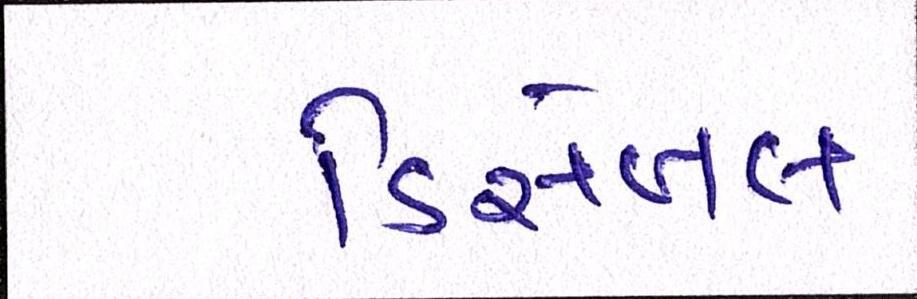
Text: ડિસેબલ